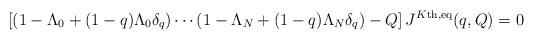
LaTeX: \begin{align*} \left[ \left( 1-\Lambda_0 + (1-q)\Lambda_0 \delta_q \right) \cdots \left( 1-\Lambda_N + (1-q)\Lambda_N \delta_q \right) - Q \right] J^{K\textnormal{th},\textnormal{eq}}(q,Q) = 0 \end{align*}